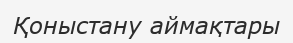
Қоныстану аймақтары